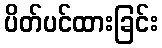
ပိတ်ပင်ထားခြင်း